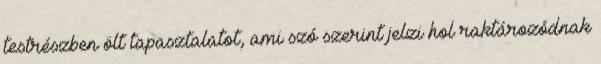
testrészben ölt tapasztalatot, ami szó szerint jelzi hol raktározódnak